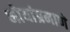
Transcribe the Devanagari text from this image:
भोयांप्रमाणे